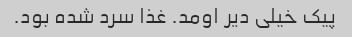
پیک خیلی دیر اومد. غذا سرد شده بود.